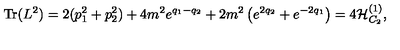
\mathrm { T r } ( L ^ { 2 } ) = 2 ( p _ { 1 } ^ { 2 } + p _ { 2 } ^ { 2 } ) + 4 m ^ { 2 } e ^ { q _ { 1 } - q _ { 2 } } + 2 m ^ { 2 } \left( e ^ { 2 q _ { 2 } } + e ^ { - 2 q _ { 1 } } \right) = 4 { \cal H } _ { C _ { 2 } } ^ { ( 1 ) } ,